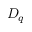
D _ { q }